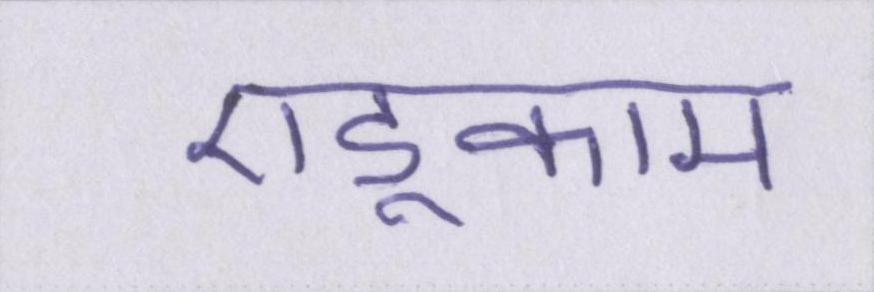
एडूकाम